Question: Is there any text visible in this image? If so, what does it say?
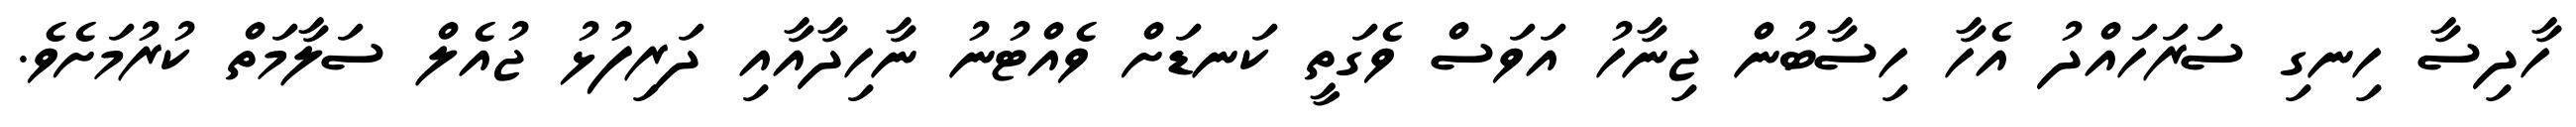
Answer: ހާދިސާ ހިނގި ސަރަހައްދު އެހާ ހިސާބުން ޖިނާހު އަވަސް ވެގަތީ ކަނޑަށް ވެއްޓުނު ނާހިދާއާއި ދަރިފުޅު ޖުއެލް ސަލާމަތް ކުރުމަށެވެ.